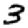
Digit: 3